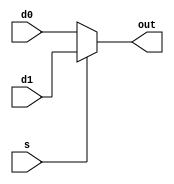
/*this mux has two data inputs and one output every port is 5bit
it has a 1 bit selector which select one of the two inputs to pass it to the output
*/ 

module mux_5 (d0,d1,s,out);

	input [4:0] d0; // first data input 5 bit
	input [4:0] d1; // second data input 5 bit
	input s; //sellector 1 bit

	output [4:0] out; // output 5 bit

	assign out = (s)? d1 : d0; //test the sellector "s" 
	/*if it is low ==> the output "out" = the first data input "d0"
	if it is high ==> the output "out" = the second data input "d1"*/



endmodule